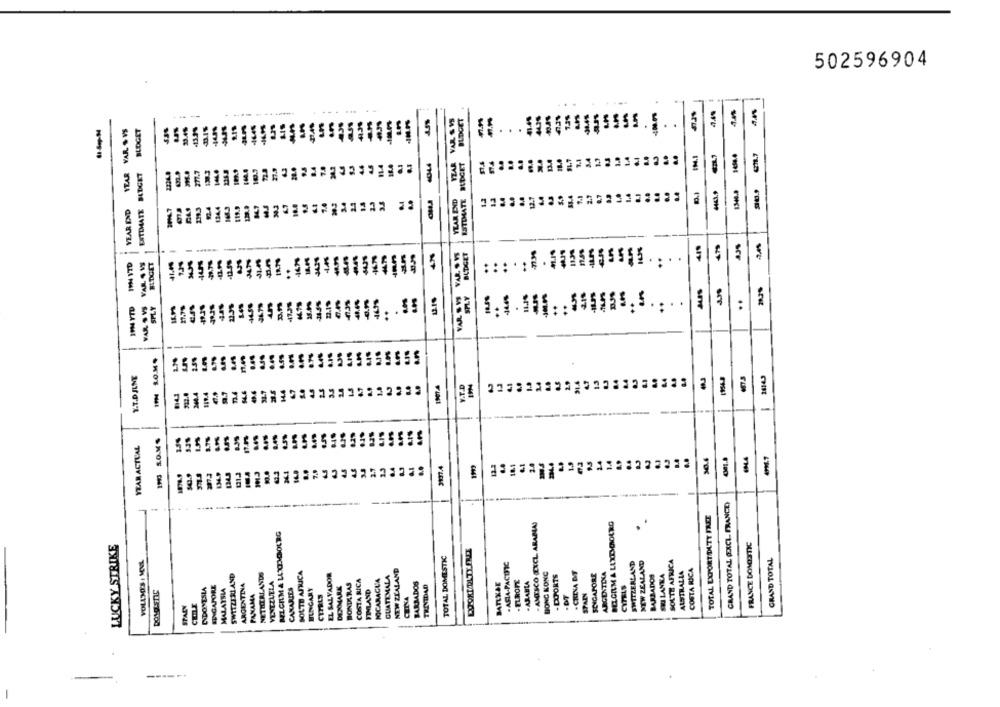
502596904
---
YZAR VAR S VS
BUDGET
63%
135
an
-
-
YEAR END YEAR VAR S VS
BLOGET
-4645
5
sra
40344
BUDGET
34
27.7
18.7
ESTIMATE BUDGET
ESTIMATE
6.4
2.7
6.7
1.4
33
94
3.4
YLAR DDD
-
479
-
VAR. SYS
BUDGET
73s
nas
194 VTD
VAR $ 19
BUDGET
-
VAR S W
2235
472
..
19 YTD
-
1.79
Y.7.DJLNE
26143
73.4
340.4
1/9.4
9.7
-
YEAR ACTUAL
5555555
30.4
1944
18.1
1212
*1
13
GRAND TOTAL (EXCL FRANCE)
TOTAL EXPORTOLTY FRET
-AMTSCO EXCL. ARABLAS
BELGIUM A LUXEMBOURG
BELGIMA LUXEMBOURG
LUCKY STRIKE
FRANCE DONOTTIC
TOTAL DOMESTIC
GRAND TOTAL
VOLLMOE'S . MEL
-ASIA-PACIFIC
SWITZERLAND
NEW ZEALAND
SOUTH AFRICA
SOLTO AFRICA
EL SALVADOR
NEW ZEALAND
HONG KONG
SINGAPORE
ARGENTINA
AUSTRALIA
COSTA RICA
SWITZERLAND
NETHERLANDS
COSTA RICA
NICARAGUA
GUATEMALA
-ARABIA
- DOPORTS
BARBADOS
SRILANKA
DIDONTSLA
ELIGAPORE
MALAYSIA
ARGENTINA
VENEZUELA
CANARIES
DENMARK
BONDERAS
BARBADOS
TRINIDAD
CITRLS
PANAMA
HUNGARY
CITRLS
FINLAND
SPANN
CHINA
STARY